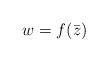
LaTeX: \begin{align*}w = f(\bar{z})\end{align*}